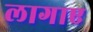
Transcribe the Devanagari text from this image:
लागाए